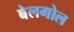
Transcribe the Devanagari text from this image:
बेलगोल